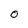
Character: 0